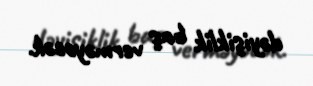
dəyişiklik baş verməyəcək.